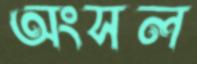
অংসল